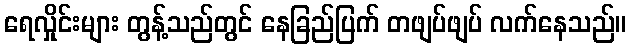
ရေလှိုင်းများ တွန့်သည်တွင် နေခြည်ပြက် တဖျပ်ဖျပ် လက်နေသည်။